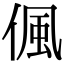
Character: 偑